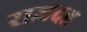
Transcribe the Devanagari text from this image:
राजदह